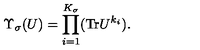
\Upsilon _ { \sigma } ( U ) = \prod _ { i = 1 } ^ { K _ { \sigma } } ( \mathrm { T r } U ^ { k _ { i } } ) .